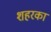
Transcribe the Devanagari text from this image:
शहरका